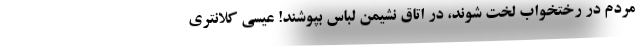
مردم در رختخواب لخت شوند، در اتاق نشیمن لباس بپوشند! عیسی کلانتری